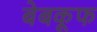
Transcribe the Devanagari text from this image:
बेबकूफ